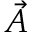
\vec { A }